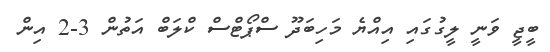
ބީޖީ ވަނީ ލީގުގައި އިއްޔެ މަހިބަދޫ ސްޕޯޓްސް ކްލަބް އަތުން 3-2 އިން